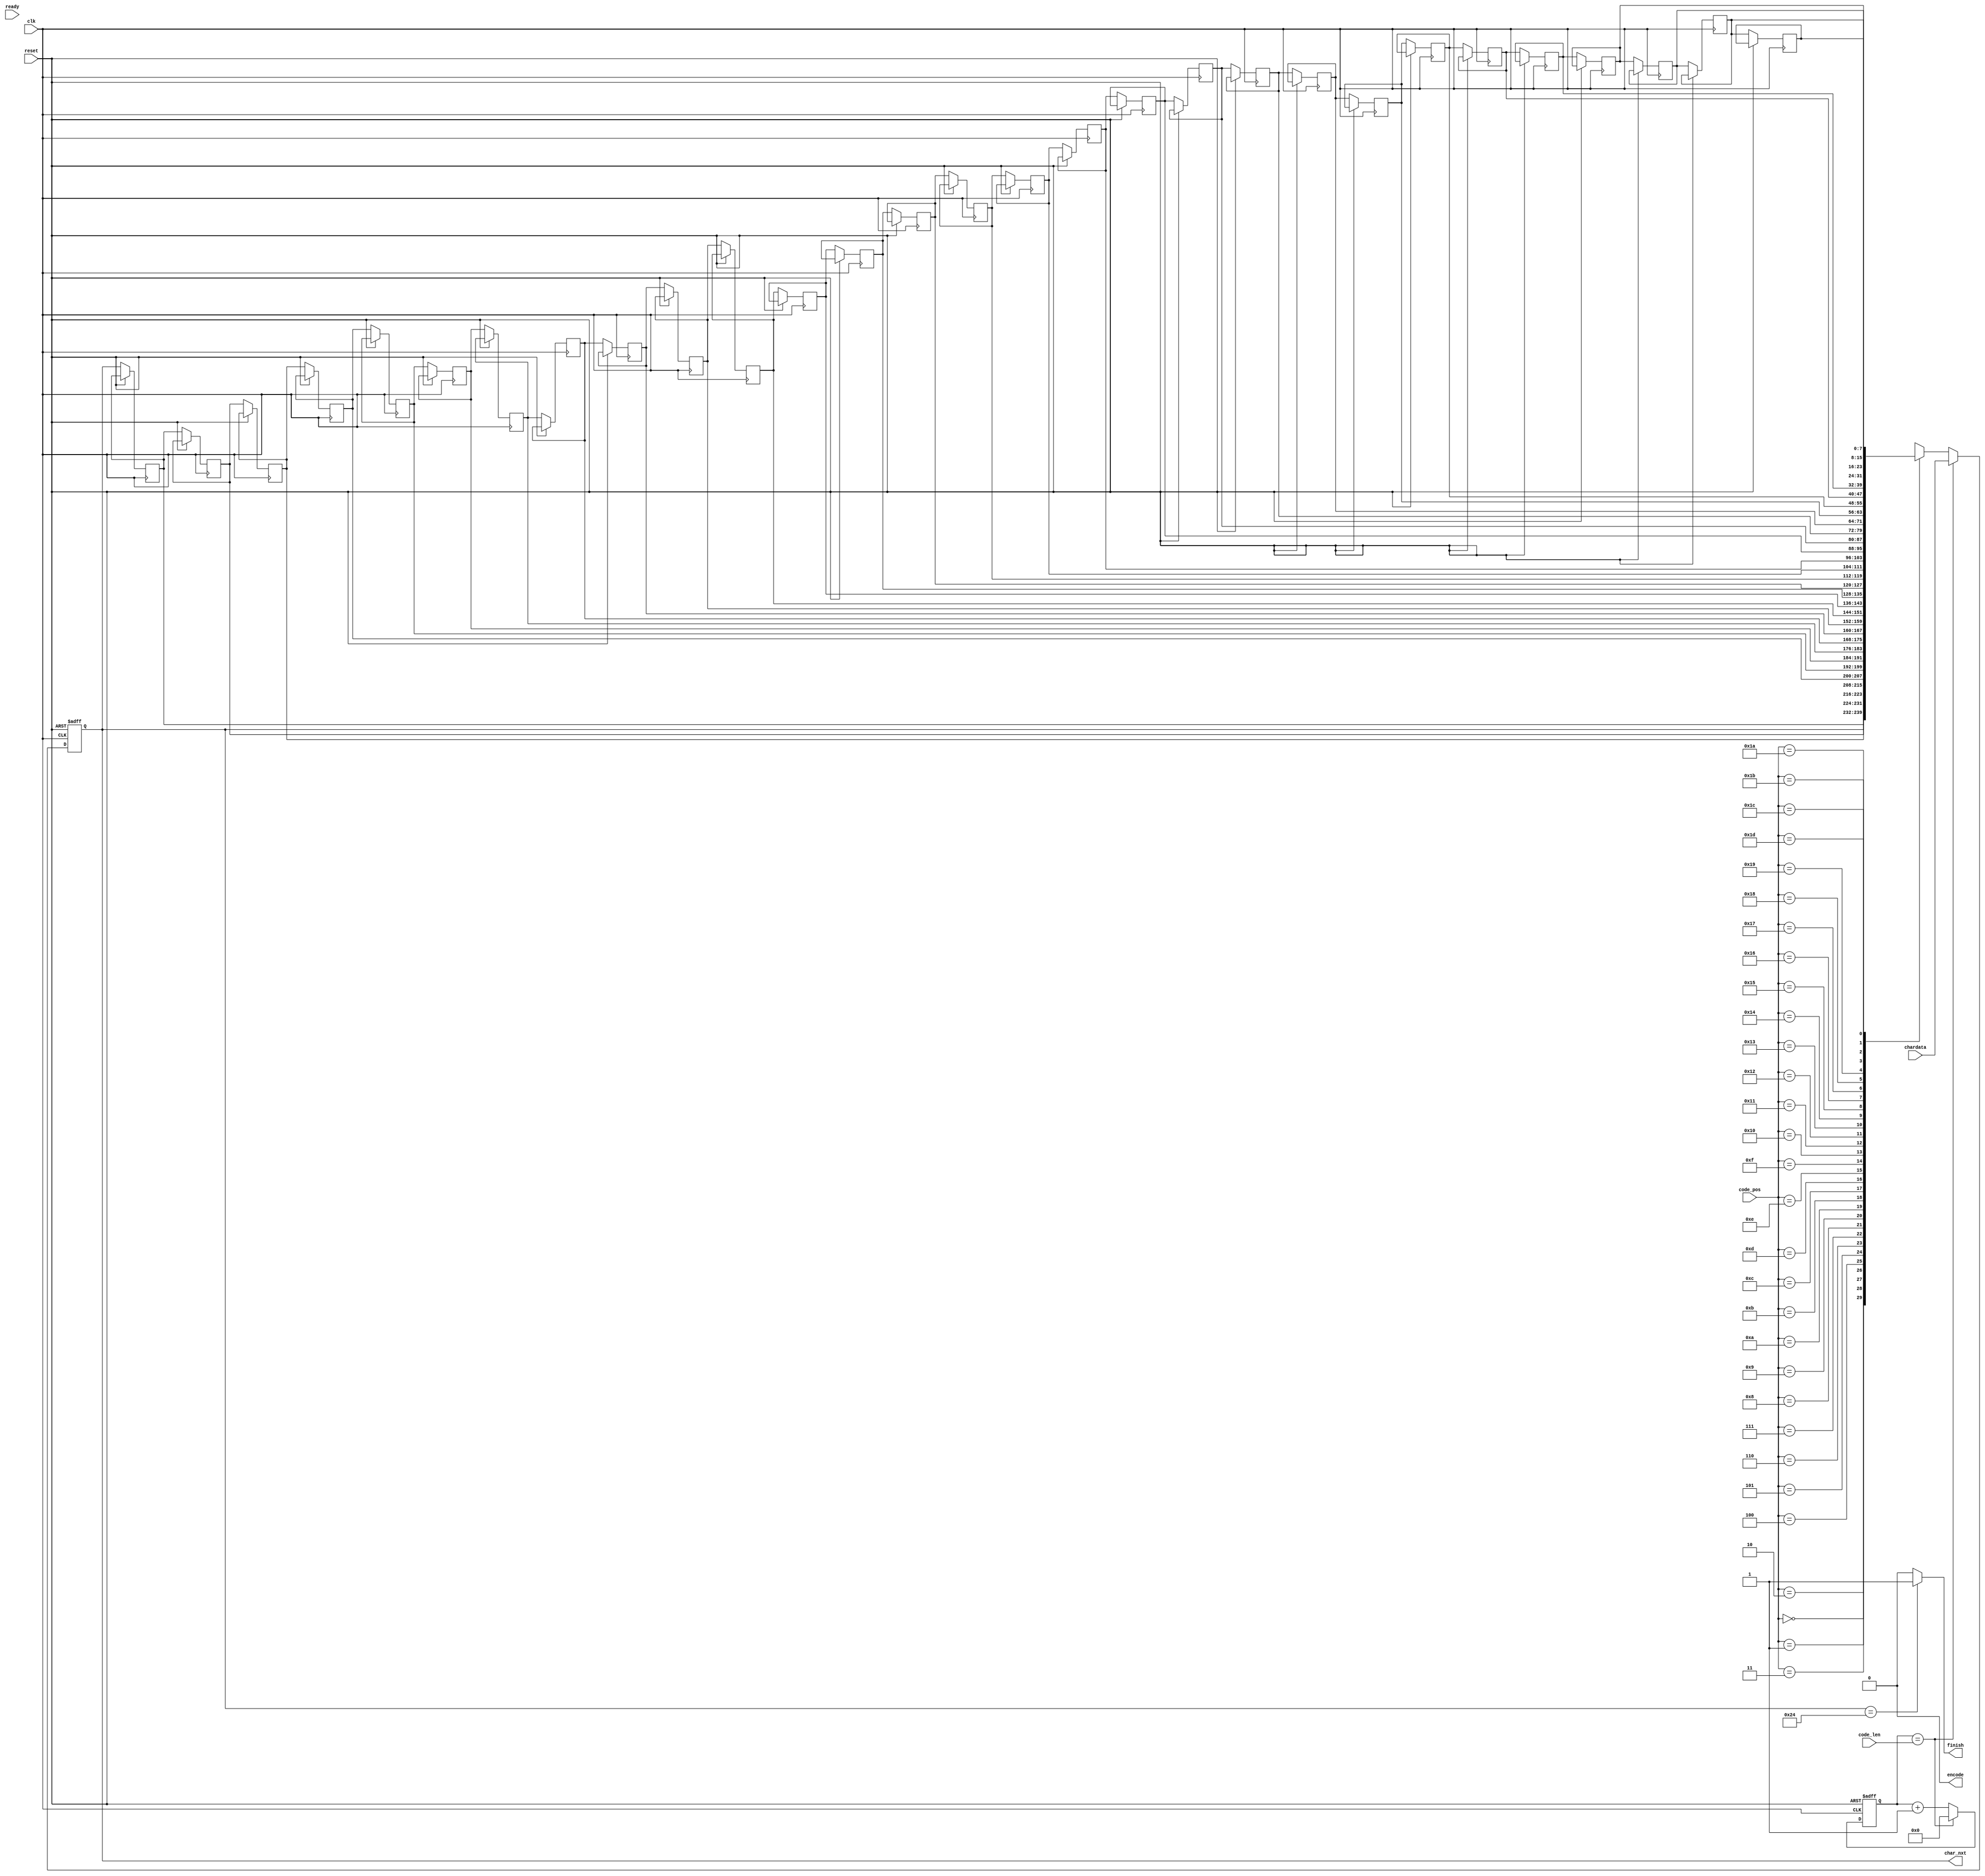
module LZ77_Decoder(clk,reset,ready,code_pos,code_len,chardata,encode,finish,char_nxt);

input 				clk;
input 				reset;
input				ready;
input 		[4:0] 	code_pos;
input 		[4:0] 	code_len;
input 		[7:0] 	chardata;
output  			encode;
output  			finish;
output 	  [7:0] 	char_nxt;


	/*-------------------------------------/
	/		Write your code here~		   /
	/-------------------------------------*/
reg [7:0]buff[0:29];
reg [5:0]cnt;
//buffer


always @(posedge clk or posedge reset) begin
	if(reset)begin
		buff[0] <= 0;
	end
	else begin
		buff[0] <= (cnt == code_len)?chardata:buff[code_pos];
		buff[1] <=  buff[0];
		buff[2] <=  buff[1];
		buff[3] <=  buff[2];
		buff[4] <=  buff[3];
		buff[5] <=  buff[4];
		buff[6] <=  buff[5];
		buff[7] <=  buff[6];
		buff[8] <=  buff[7];
		buff[9] <=  buff[8];
		buff[10] <= buff[9];
		buff[11] <= buff[10];
		buff[12] <= buff[11];
		buff[13] <= buff[12];
		buff[14] <= buff[13];
		buff[15] <= buff[14];
		buff[16] <= buff[15];
		buff[17] <= buff[16];
		buff[18] <= buff[17];
		buff[19] <= buff[18];
		buff[20] <= buff[19];
		buff[21] <= buff[20];
		buff[22] <= buff[21];
		buff[23] <= buff[22];
		buff[24] <= buff[23];
		buff[25] <= buff[24];
		buff[26] <= buff[25];
		buff[27] <= buff[26];
		buff[28] <= buff[27];
		buff[29] <= buff[28];
	end
end
always @(posedge clk or posedge reset) begin
	if(reset)
		cnt <= 0;
	else begin
		if(cnt == code_len)begin
			cnt <= 0;
		end
		else 
			cnt <= cnt + 1;
	end
end
assign char_nxt = buff[0];
assign finish = (char_nxt == 8'h24)?1:0;
assign encode =  0;


endmodule